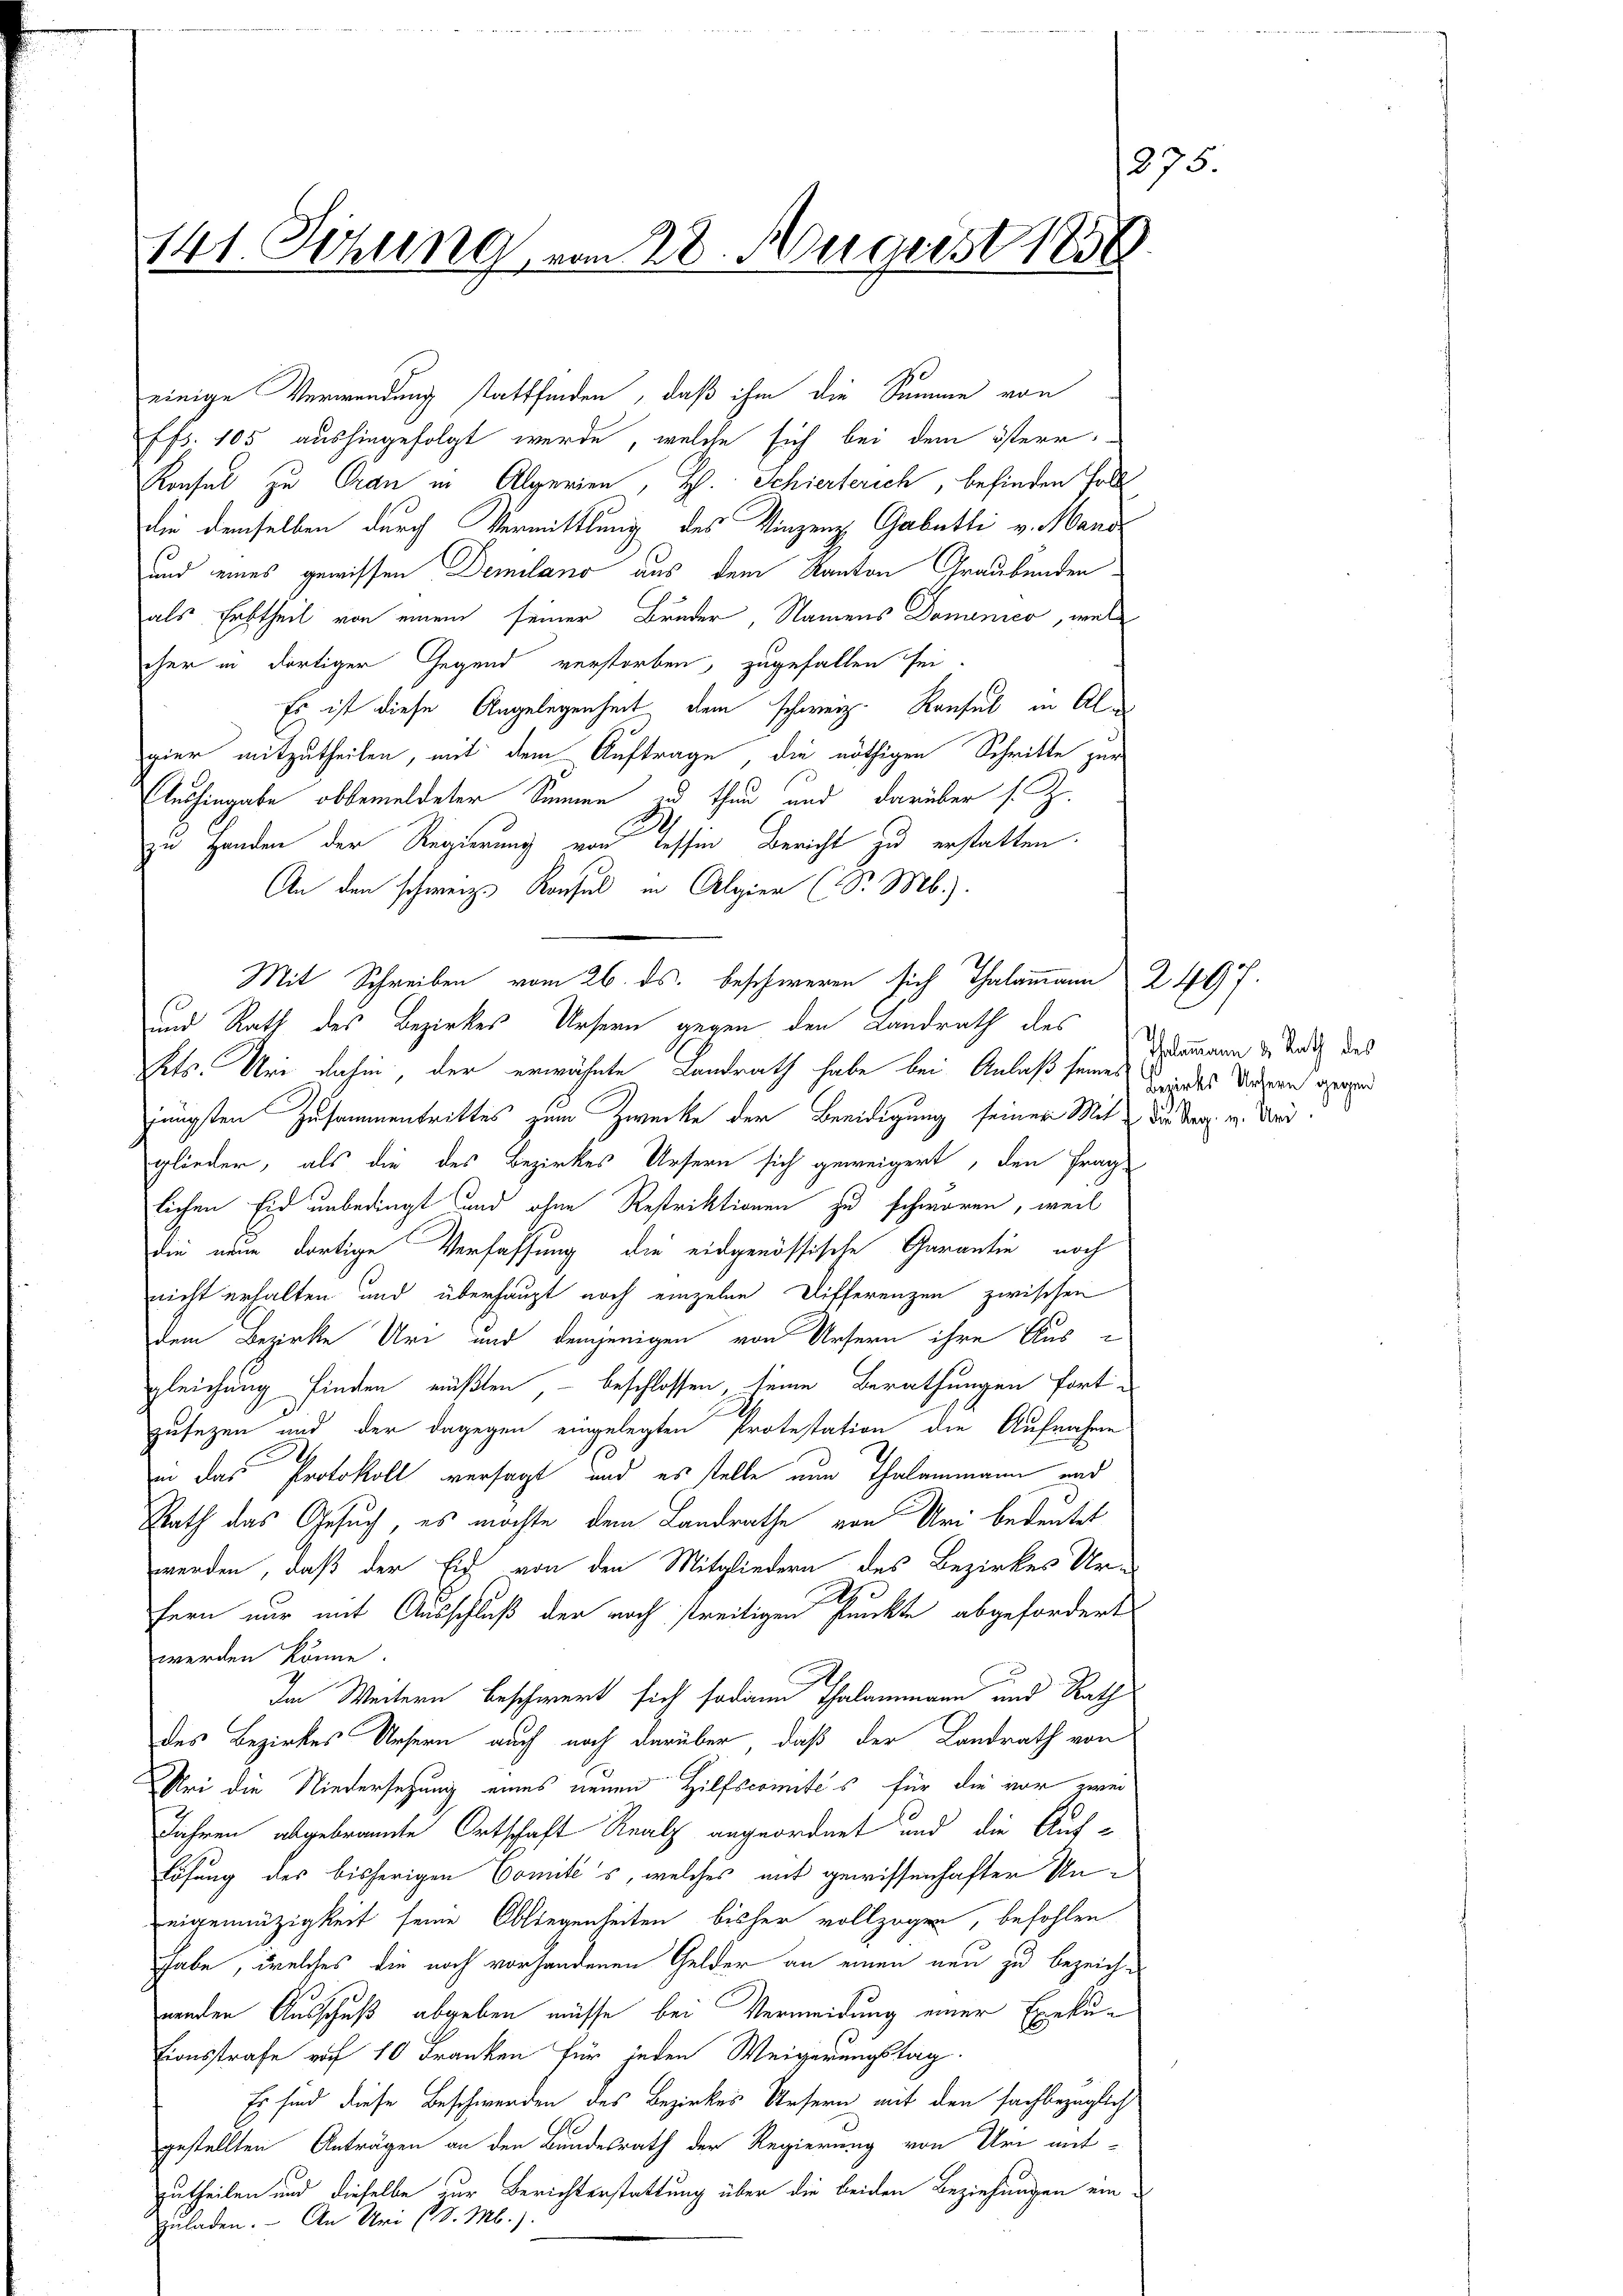
141. Sehling vom 28. Augerst 1858.

einige Verwendung stattfinden, daß ihm die Summe von
ffs. 105 aushingefolgt werde, welche sich bei dem österr
Konsul zu Gran in Algerien, H. Schierterich, befinden Fall
die demselben durch Vermittlung des Vinzenz Gabelli v. Mand
und eines gewissen Demilano aus dem Kanton Graubünden
als Erbtheil von einem seiner Bruder Namens Dominico, wel
cher in dortiger Gegend verstorben, zugefallen sei
Es ist diese Angelegenheit dem schweiz. Kaufel in Algier mitzutheilen, mit dem Auftrage, die nöthigen Schritte zur
Aushingabe obbemeldeter Sinnen und thun und darüber s. Z.
i
zu Handen der Regierung von Tessin Bericht zu erstatten.
An den schweiz. Konsul in Algien (S. M.).
und Rath des Bezirkes Ursern gegen den Landrath des
Pets. Uri dahin, der erwähnte Landrath habe bei Anlaß seines des Vatern gegen
jüngsten Zusammentrittes zum Zwecke der Beeidigung seiner Mit der v. Mar
glieder, als die des Bezirkes Ursern sich geweigert, den Frag-
lichen Eid unbedingt und ohne Restriktionen zu schworen, weil
die neue dortige Verfassung die eidgenössische Garantin noch
nicht erhalten und überhaupt noch einzelne Differenzen zwischen
dem Bezirke Uri und demjenigen von Ursern ihre Aus-
gleichung finden müßten, – beschlossen, seine Berathungen forti
zusetzen und der dagegen eingelegten Protestation die Aufnahme
in das Protokoll versagt und es stelle nun Thalammann und
Rath das Gesuch, es möchte dem Landrathe von Uri bedeutet
werden, daß der Eid von den Mitgliedern des Bezirkes Ur-
r
fern nur mit Ausschluß der noch streitigen Punkte abgefordert
werden könne.
In Weitern beschwert sich sodann Thalamann und Rath
des Bezirkes Unsern auch noch darüber, daß der Landrath von
ei die Niedersetzung eines neuen Hilfscomites für die vor zwei
Jahren abgebrannte Ortschaft Realz angeordnet und die Auflösung des bisherigen Comités, welches mit gewissenhafter Uneigennüzigkeit seine Obliegenheiten bisher vollzogen, befohlen
habe, welches die noch vorhandenen Gelder an einen neu zu bezeichnenden Ausschuß abgeben müsse bei Vermeidung einer Exekutionsstrafe auf 10 Franken für jeden Weigerungstag
Es sind diese Beschwerden des Bezirkes Ursern mit den sachbezüglich
1
gestellten Anträgen an den Bundesrath der Regierung von Uri mitzutheilen und dieselbe zur Berichterstattung über die beiden Beziehungen ein
zuladen. An Uri (S. M.).

Mit Schreiben vom 26. ds. beschweren sich Thalammann 2 497.

Tholommann & Rath des

1375.